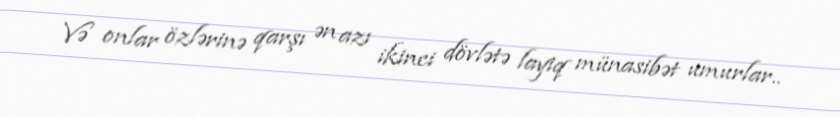
Və onlar özlərinə qarşı ən azı ikinci dövlətə layiq münasibət umurlar..